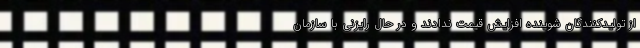
از تولیدکنندگان شوینده افزایش قیمت ندادند و در حال رایزنی با سازمان